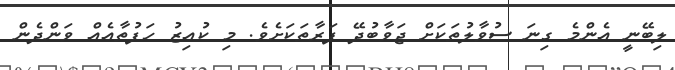
ލިބޭނީ އެންމެ ގިނަ ސުވާލުތަކަށް ޖަވާބުދޭ ފަރާތަކަށެވެ. މި ކުއިޒު ހަފުތާއެއް ވަންދެން